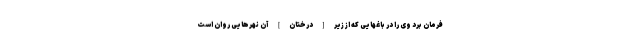
فرمان برد وى را در باغهايى كه از زير [درختان] آن نهرهايى روان است